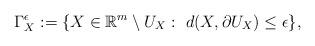
LaTeX: \begin{align*} \Gamma_X^\epsilon&:=\{X\in \mathbb R^m\setminus U_X:\ d(X,\partial U_X)\leq \epsilon\},\end{align*}